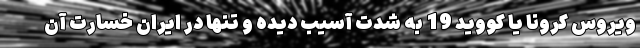
ویروس کرونا یا کووید 19 به شدت آسیب دیده و تنها در ایران خسارت آن